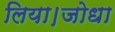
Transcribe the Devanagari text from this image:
लिया।जोधा